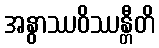
အနွာဿဝိဿန္တီတိ